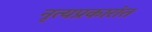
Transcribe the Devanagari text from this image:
नृत्यप्रकारांत